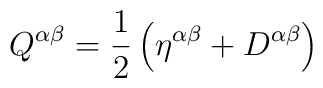
Q^{\alpha \beta }=\frac{1}{2}\left( \eta ^{\alpha \beta }+D^{\alpha \beta}\right)